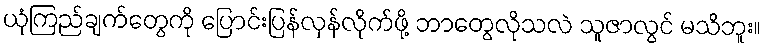
ယုံကြည်ချက်တွေကို ပြောင်းပြန်လှန်လိုက်ဖို့ ဘာတွေလိုသလဲ သူဇာလွင် မသိဘူး။